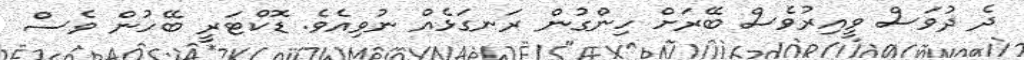
ދެ ދުވަސް ވީއިރުވެސް ބޭރަށް ހިންގުން ރަނގަޅެއް ނުވިއެވެ. ޑޮކްޓަރީ ބޭހުން ވެސް